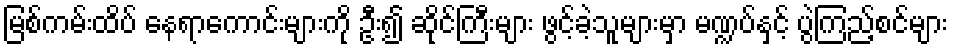
မြစ်ကမ်းထိပ် နေရာကောင်းများကို ဦး၍ ဆိုင်ကြီးများ ဖွင့်ခဲ့သူများမှာ မဏ္ဍပ်နှင့် ပွဲကြည့်စင်များ